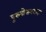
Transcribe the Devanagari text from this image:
पुरुषोत्तमदादा